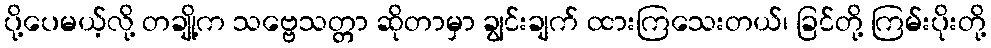
ပို့ပေမယ့်လို့ တချို့က သဗ္ဗေသတ္တာ ဆိုတာမှာ ချွင်းချက် ထားကြသေးတယ်၊ ခြင်တို့ ကြမ်းပိုးတို့